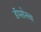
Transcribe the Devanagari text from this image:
डॅपसोनचा